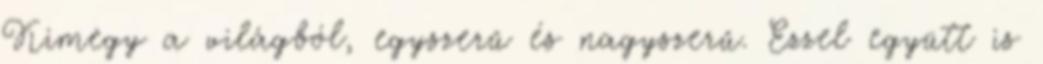
Kimegy a világból, egyszerű és nagyszerű. Ezzel együtt is